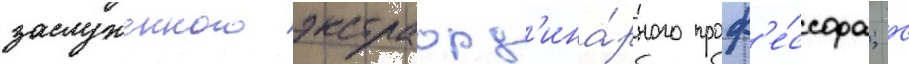
заслуженного экстраорд'ина́рного проф'е́ссора; с